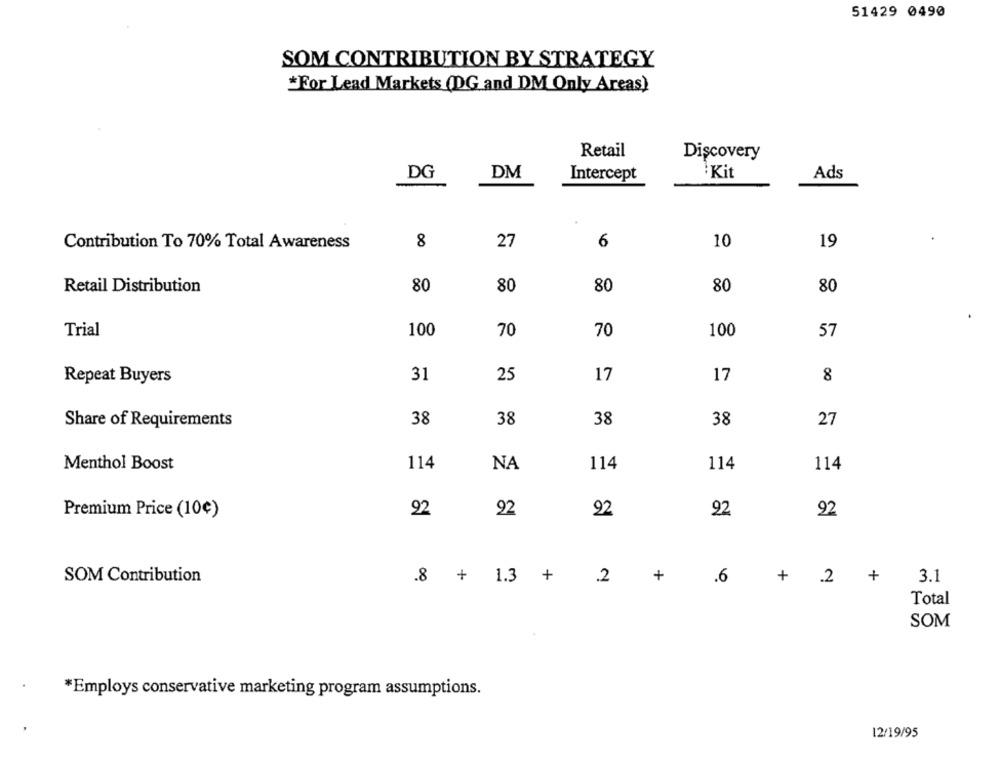
51429 0490
SOM CONTRIBUTION BY STRATEGY
*For Lead Markets (DG and DM Only Areas)
Retail
Discovery
DG
DM
Intercept
Kit
Ads
8
27
6
10
19
Contribution To 70% Total Awareness
Retail Distribution
80
80
80
80
80
Trial
100
70
70
100
57
Repeat Buyers
31
25
17
17
8
38
Share of Requirements
38
38
38
27
Menthol Boost
114
114
114
NA
114
92
Premium Price (10€)
92
92
92
92
SOM Contribution
.8 + 1.3 + 2 +
.6
3.1
+ 2 +
Total
SOM
*Employs conservative marketing program assumptions.
12/19/95